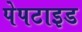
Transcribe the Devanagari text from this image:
पेपटाइड